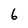
Character: 6